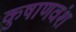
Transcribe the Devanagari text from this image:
कुषाणवंश